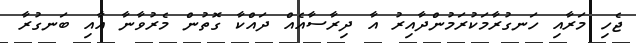
ޖެހި މަރާއި ހަނގުރާމަކުރަމުންދާއިރު އާ ދިރާސާއެއް ދައްކާ ގޮތުން މެރުވާނާ އާއި ބަނގުރާ